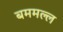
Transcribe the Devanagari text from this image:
बममल्ल